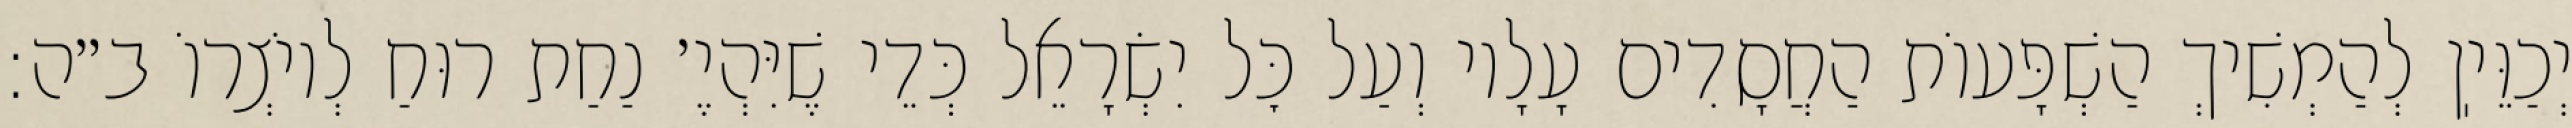
יְכַוֵּיֽן לְהַמְשִׁיךְ הַשְׁפָּעוֹת הַחֲסָדִים עָלָיו וְעַל כׇּל יִשְׂרָאֵל כְּדֵי שֶׁיִּהְיֶ׳ נַחַת רוּחַ לְיוֹצְרוֹ ב״ה: